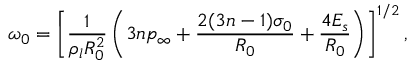
\omega _ { 0 } = \left[ \frac { 1 } { \rho _ { l } R _ { 0 } ^ { 2 } } \left( 3 n p _ { \infty } + \frac { 2 ( 3 n - 1 ) \sigma _ { 0 } } { R _ { 0 } } + \frac { 4 E _ { s } } { R _ { 0 } } \right) \right] ^ { 1 / 2 } ,